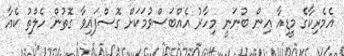
އެމެރިކާގެ މީޑިއާ އިން ބުނަނީ މިހާރު އެއްބަސްވުމަކަށް ގޮސްފައިވާ ގޮތުން ހެލްތު ކެއާ